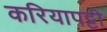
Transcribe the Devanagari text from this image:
करियापट्टी